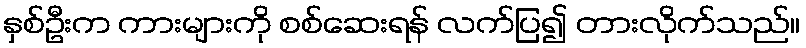
နှစ်ဦးက ကားများကို စစ်ဆေးရန် လက်ပြ၍ တားလိုက်သည်။